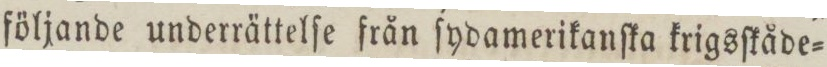
följande underrättelſe från ſydamerikanſka krigsſkåde=